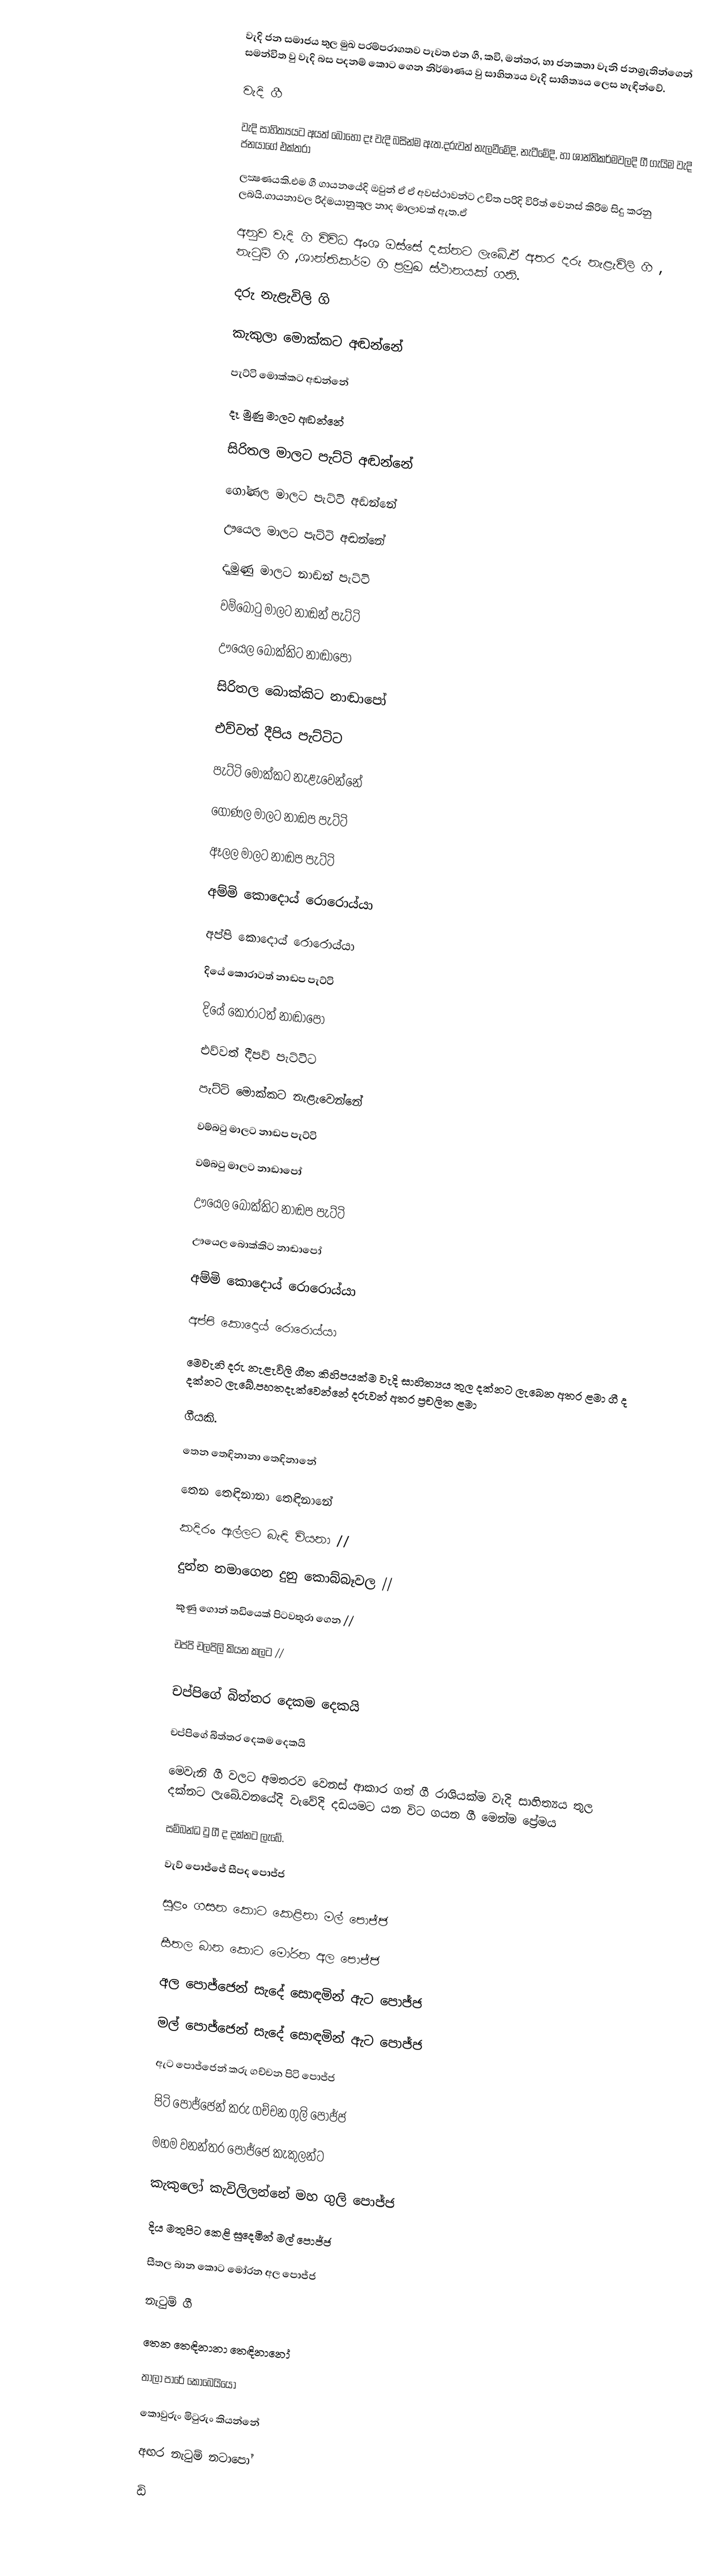
වැදි ජන සමාජය තුල මුඛ පරම්පරාගතව පැවත එන ගී, කවි, මන්තර, හා ජනකතා වැනි ජනශ්‍රැතින්ගෙන් සමන්විත වු වැදි බස පදනම් කොට ගෙන නිර්මාණය වු සාහිත්‍යය වැදි සාහිත්‍යය ලෙස හැඳින්වේ.

වැදි ගී

වැදි සාහිත්‍යයට අයත් බොහෝ දෑ වැදි බසින්ම ඇත.දරුවන්  නැලවීමේදි, නැටීමේදි, හා ශාන්තිකර්මවලදි ගී ගැයිම වැදි ජනයාගේ එක්තරා

ලක්‍ෂණයකි.එම ගී ගායනයේදි ඔවුන් ඒ ඒ අවස්ථාවන්ට උචිත පරිදි විරිත් වෙනස් කිරිම සිදු කරනු ලබයි.ගායනාවල රිද්මයානුකූල නාද මාලාවක් ඇත.ඒ

අනුව වැදි ගි විවිධ අංශ ඔස්සේ දක්නට ලැබේ.ඒ අතර දරු නැළැවිලි ගි , නැටුම් ගි ,ශාන්තිකර්ම ගි ප්‍රමුඛ ස්ථානයක් ගනි.

දරු නැළැවිලි ගි

කැකුලා මොක්කට 		අඬන්නේ

පැට්ටි  මොක්කට    		අඬන්නේ

දෑ මුණු මාලට		අඬන්නේ

සිරිතල  මාලට පැට්ටි	අඬන්නේ

ගෝණල මාලට පැට්ටි	අඬන්නේ

ඌයෙල මාලට  පැට්ටි	අඬන්නේ

		දෑමුණු මාලට නාඬන් 	පැට්ටි

		වම්බොටු මාලට නාඬන් 	පැට්ටි

		ඌයෙල බොක්කිට 	         නාඬාපෝ

		සිරිතල බොක්කිට             නාඬාපෝ

එව්වත් දීපිය 		පැට්ටිට

පැට්ටි මොක්කට                       නැළැවෙන්නේ

ගෝණල මාලට නාඬප	                       පැට්ටි

ඈලල මාලට නාඬප		  පැට්ටි

		අම්මි කොදොය් 	      රොරොය්යා

		අප්පි කොදොය් 	      රොරොය්යා

		දියේ කොරාටත් නාඬප 	                පැට්ටි

		දියේ කොරාටත් 	         නාඬාපෝ

එව්වත් දීපව් 		                පැට්ටිට

පැට්ටි මොක්කට 	    නැළැවෙන්නේ

වම්බටු මාලට නාඬප 	                   පැට්ටි

වම්බටු මාලට 	             නාඬාපෝ

		ඌයෙල බොක්කිට නාඬප 	      පැට්ටි

		ඌයෙල බොක්කිට 		නාඬාපෝ

අම්මි කොදොය් 	රොරොය්යා

අප්පි කොදොය් 	රොරොය්යා

මෙවැනි දරු නැළැවිලි ගීත කිහිපයක්ම වැදි සාහිත්‍යය තුල දක්නට ලැබෙන අතර ළමා ගී ද දක්නට ලැබේ.පහතදැක්වෙන්නේ දරුවන් අතර ප්‍රචලිත ළමා

ගීයකි.

	තෙන තෙඳිනානා තෙඳිනානේ

	තෙන තෙඳිනානා තෙඳිනානේ

			කදිරං ඇල්ලට බැඳි වියනා //

			දුන්න නමාගෙන දුනු කොබ්බෑවල //

			කුණු ගොන් තඩියෙක් පිටවතුරා ගෙන //

			චප්පි චලපිලි කියන කලට //

	චප්පිගේ බිත්තර දෙකම දෙකයි

	චප්පිගේ බිත්තර දෙකම දෙකයි

මෙවැනි ගී වලට අමතරව වෙනස් ආකාර ගත් ගී රාශියක්ම වැදි සාහිත්‍යය තුල දක්නට ලැබේ.වනයේදි වැවේදි දඩයමට යන විට ගයන ගී මෙන්ම ප්‍රේමය

සම්බන්ධ වු ගී ද දක්නට ලැබේ.

වැව් පොජ්ජේ සීපද පොජ්ජ

සුළං ගසන කොට කෙළිනා මල් 	පොජ්ජ

සීතල බාන කොට මෝරන අල 	පොජ්ජ

අල පොජ්ජෙන් සැදේ සොඳමින් ඇට 	පොජ්ජ

මල් පොජ්ජෙන් සැදේ සොඳමින් ඇට 	පොජ්ජ

		ඇට පොජ්ජෙන් කරු ගච්චන පිටි 	පොජ්ජ

		පිටි පොජ්ජෙන් කරු ගච්චන ගුලි 	පොජ්ජ

		මහම වනන්තර පොජ්ජෙ                කැකුලන්ට

		කැකුලෝ කැවිලිලන්නේ මහ ගුලි 	පොජ්ජ

දිය මතුපිට කෙළි සුදෙමින් මල් පොජ්ජ

සීතල බාන කොට මෝරන අල පොජ්ජ

නැටුම් ගී

තෙන තෙඳිනානා තෙඳිනානෝ

තාලා පාරේ කොබෙයියෝ

කොවුරුං මිටුරුං කියන්නේ

	අඟර නැටුම් 	නටාපෝ

	ඩි